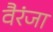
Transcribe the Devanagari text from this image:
वैरंजा